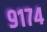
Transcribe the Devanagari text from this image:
९१७४